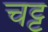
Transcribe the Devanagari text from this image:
चट्ट